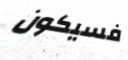
فسيكون